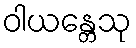
ဝါယန္တေသု